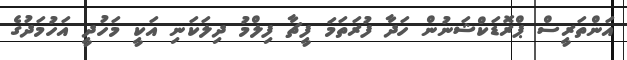
އަންތަރީސް ޕްރޮޑަކްޝަނުން ހަދާ ފުރަތަމަ ފީޗާ ފިލްމު ދިލަކަނި އަކީ މަހުދީ އަހުމަދުގެ